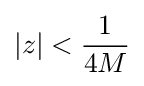
|z|<{\frac {1}{4M}}